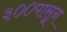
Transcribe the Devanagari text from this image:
३००पासून